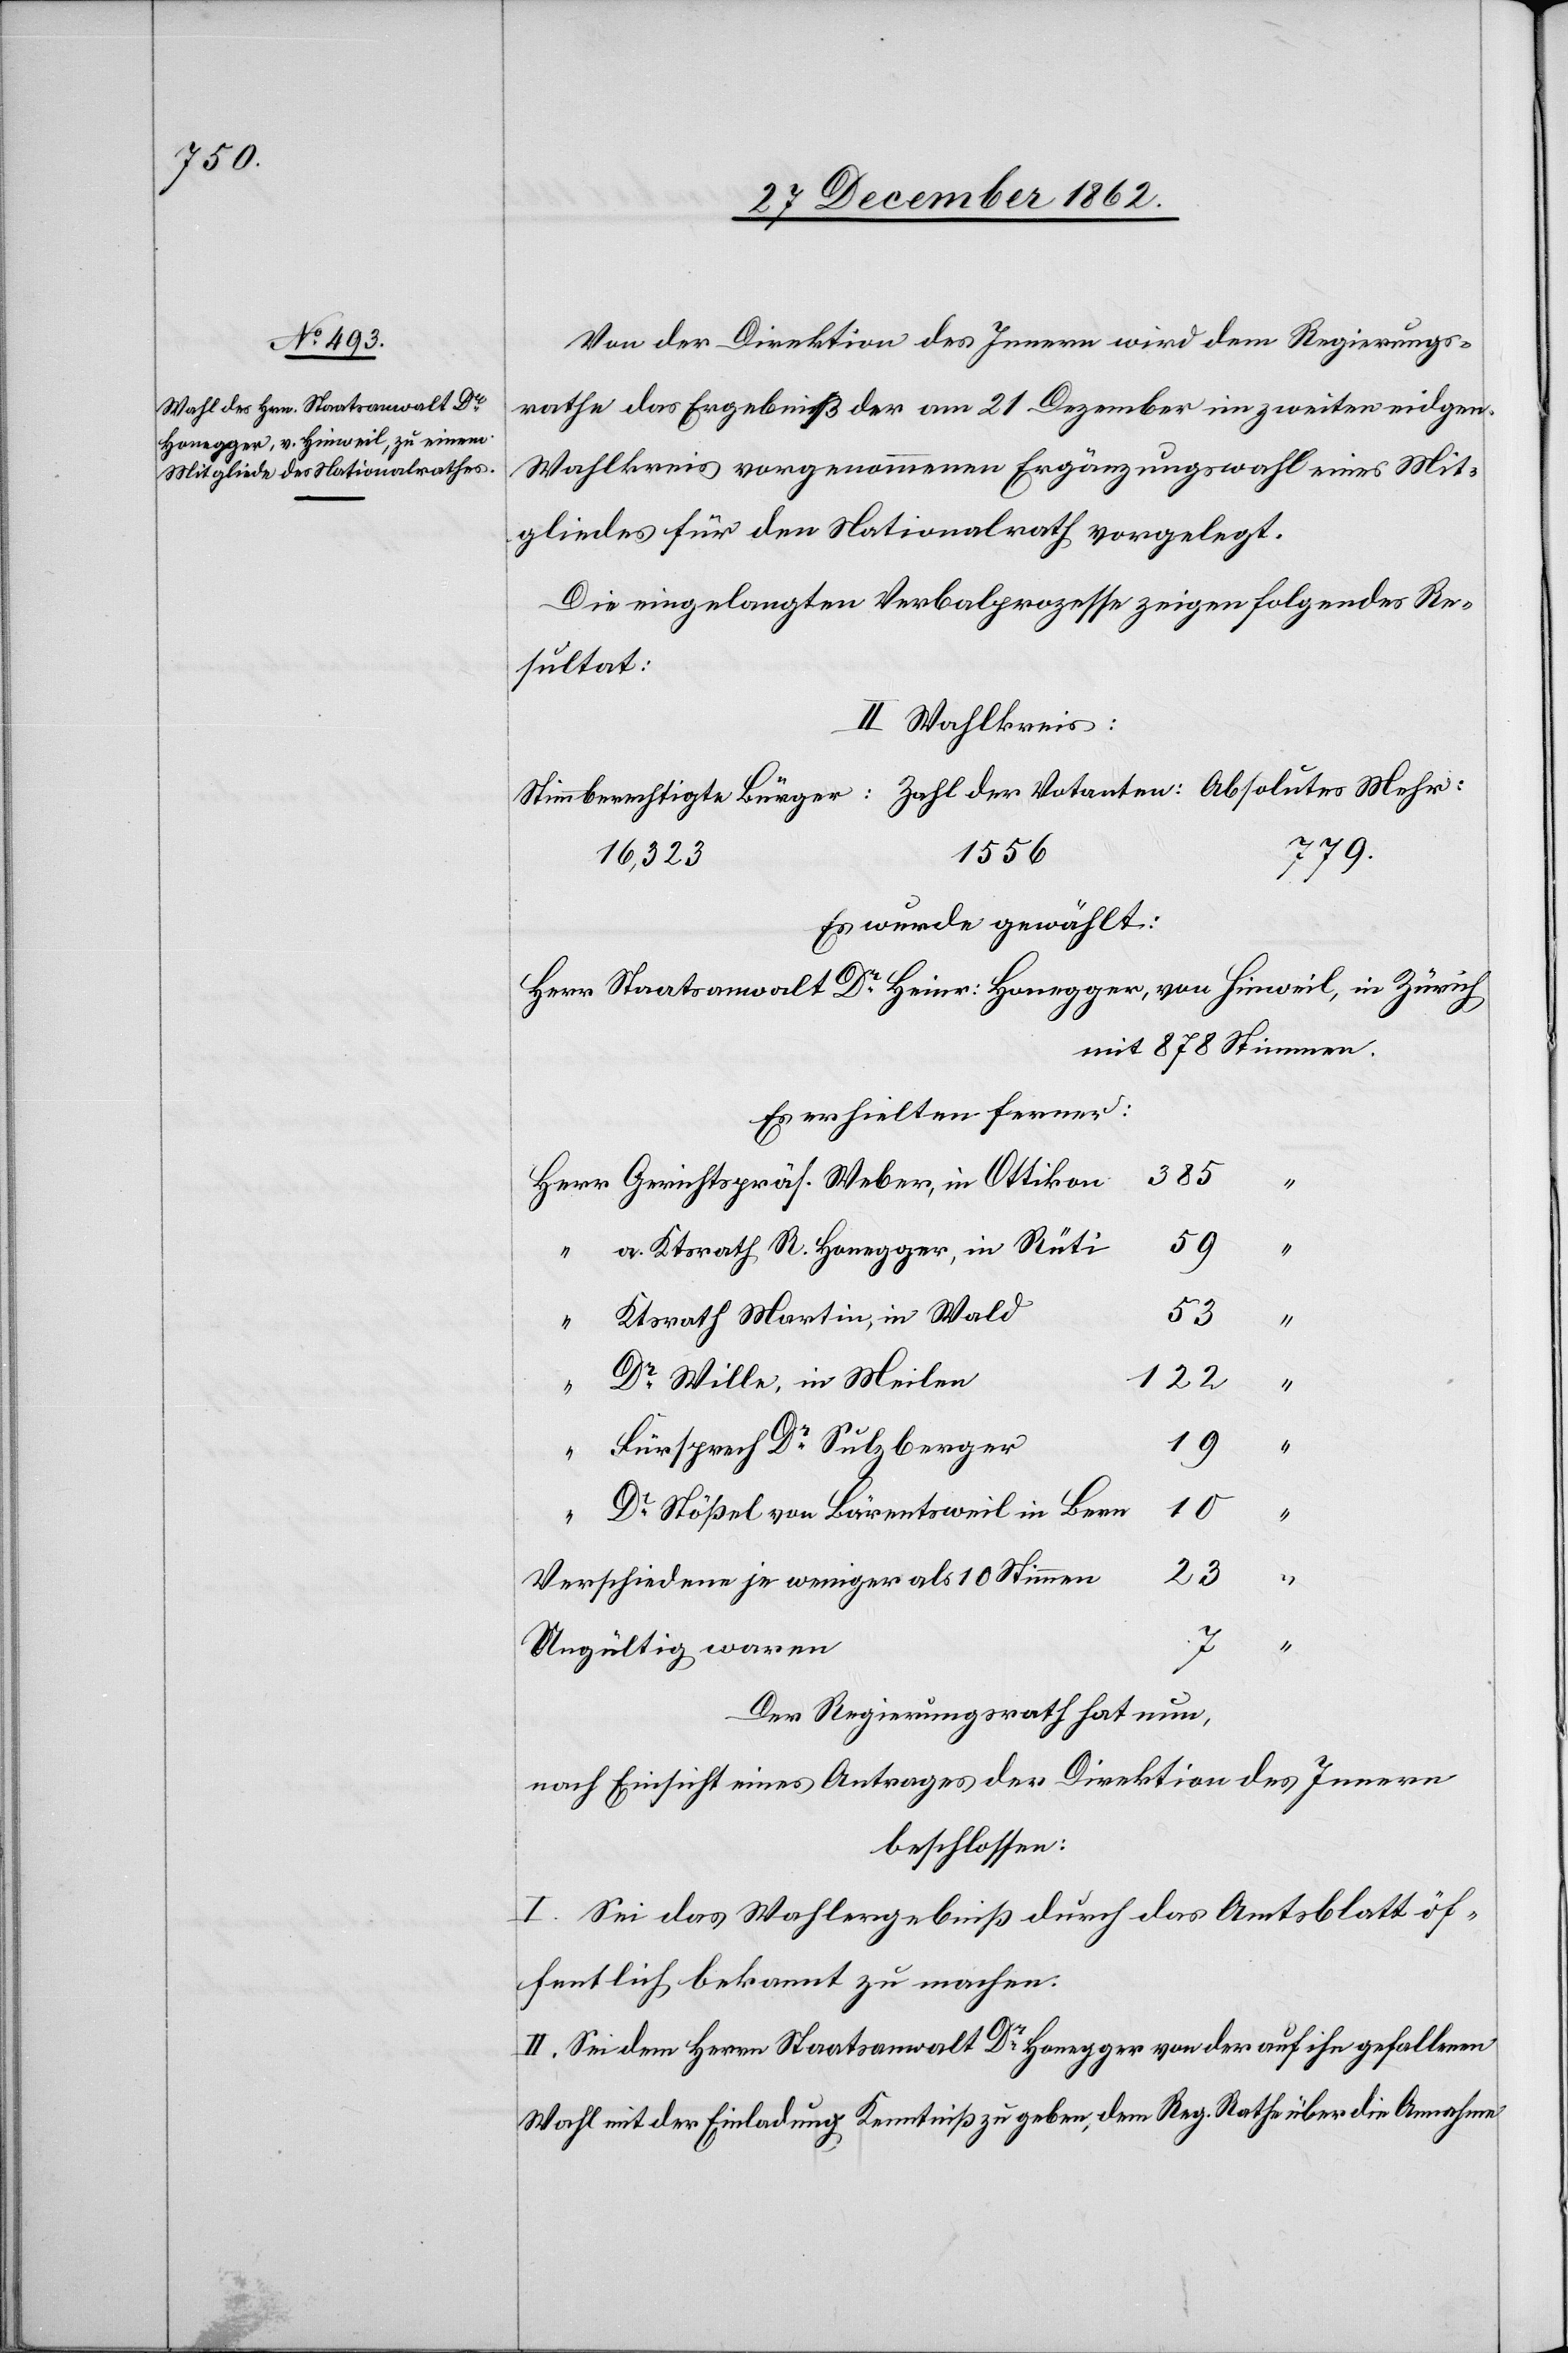
Von der Direktion des Innern wird dem Regierungs¬
rathe das Ergebniß der am 21. Dezember im zweiten eidgen.
Wahlkreis vorgenommenen Ergänzungswahl eines Mit¬
gliedes für den Nationalrath vorgelegt.
Die eingelangten Verbalprozesse zeigen folgendes Re¬
sultat:
II. Wahlkreis
1556
16,323
Es wurde gewählt:
Herr Staatsanwalt Dr Heinr. Honegger, von Hinweil, in Zürich
mit 878 Stimmen.
Es erhielten ferner:
385
Gerichtspräs. Weber, in Ottikon
a. Ktsrath R. Honegger, in Rüti
53
Ktsrath. Martin, in Wald
122
Dr Wille, in Meilen
Fürsprech Dr Sulzberger
10
Dr Stößel von Bärentsweil in Bern
Verschiedene je weniger als 10 Stimmen
23
“
Ungültig waren
Der Regierungsrath hat nun,
nach Einsicht eines Antrages der Direktion des Innern
beschlossen:
I. Sei das Wahlergebniß durch das Amtsblatt öf¬
fentlich bekannt zumachen.
II. Sei dem Herrn Staatsanwalt Dr Honegger von der auf ihn gefallenen
Wahl mit der Einladung Kenntniß zu geben, dem Reg. Rath über die Annahme